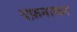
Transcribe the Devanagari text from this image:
दफ़नाकर